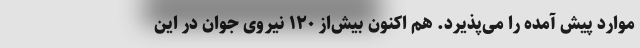
موارد پیش آمده را می‌پذیرد. هم اکنون بیش‌از ۱۲۰ نیروی جوان در این